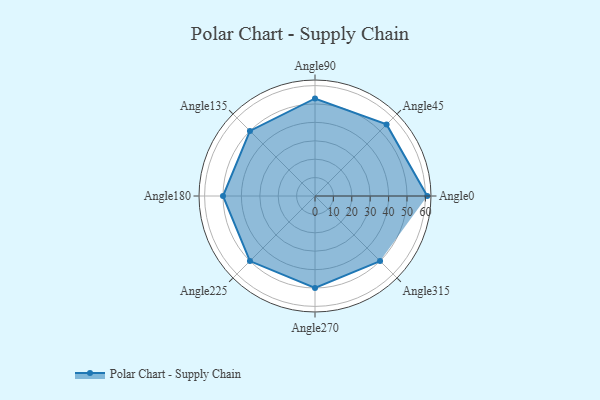
{"axis": {"x": "Angle", "y": "Radius"}, "legend": [""], "data": [{"x": "Angle0", "y": 61.0, "type": ""}, {"x": "Angle45", "y": 55.0, "type": ""}, {"x": "Angle90", "y": 53.0, "type": ""}, {"x": "Angle135", "y": 50, "type": ""}, {"x": "Angle180", "y": 50, "type": ""}, {"x": "Angle225", "y": 50, "type": ""}, {"x": "Angle270", "y": 50, "type": ""}, {"x": "Angle315", "y": 50, "type": ""}]}